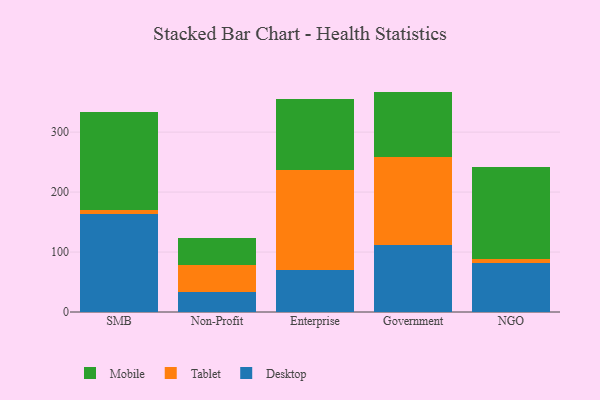
{"axis": {"x": "Segment", "y": "Inventory Turnover"}, "legend": ["Desktop", "Mobile", "Tablet"], "data": [{"x": "SMB", "y": 162.7, "type": "Desktop"}, {"x": "SMB", "y": 7.9, "type": "Tablet"}, {"x": "SMB", "y": 163.3, "type": "Mobile"}, {"x": "Non-Profit", "y": 32.6, "type": "Desktop"}, {"x": "Non-Profit", "y": 45.3, "type": "Tablet"}, {"x": "Non-Profit", "y": 45.5, "type": "Mobile"}, {"x": "Enterprise", "y": 69.6, "type": "Desktop"}, {"x": "Enterprise", "y": 167.9, "type": "Tablet"}, {"x": "Enterprise", "y": 118.4, "type": "Mobile"}, {"x": "Government", "y": 111.5, "type": "Desktop"}, {"x": "Government", "y": 146.4, "type": "Tablet"}, {"x": "Government", "y": 109.7, "type": "Mobile"}, {"x": "NGO", "y": 81.5, "type": "Desktop"}, {"x": "NGO", "y": 7.2, "type": "Tablet"}, {"x": "NGO", "y": 152.7, "type": "Mobile"}]}